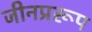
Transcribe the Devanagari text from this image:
जीनप्ररूप